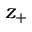
z _ { + }